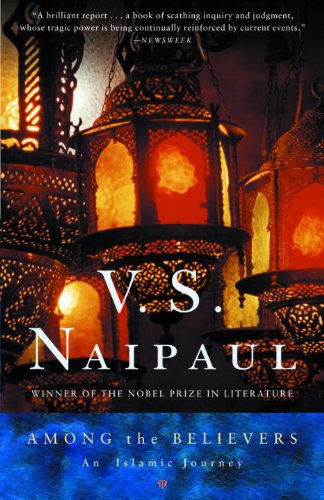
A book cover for Among the Believers: An Islamic Journey; V.S. Naipaul; Travel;